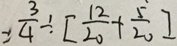
= \frac { 3 } { 4 } \div [ \frac { 1 2 } { 2 0 } + \frac { 5 } { 2 0 } ]